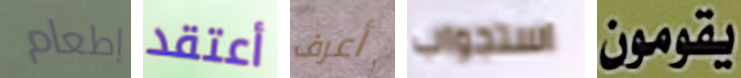
إطعام أعتقد أعرف استجواب يقومون